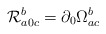
\begin{align*}{\cal R}_{a0c}^b=\partial _0\Omega _{ac}^b \end{align*}